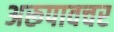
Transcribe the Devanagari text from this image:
अरूपावचर